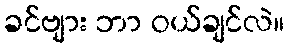
ခင်ဗျား ဘာ ဝယ်ချင်လဲ။